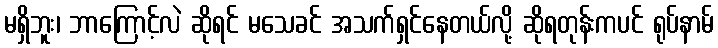
မရှိဘူး၊ ဘာကြောင့်လဲ ဆိုရင် မသေခင် အသက်ရှင်နေတယ်လို့ ဆိုရတုန်းကပင် ရုပ်နာမ်